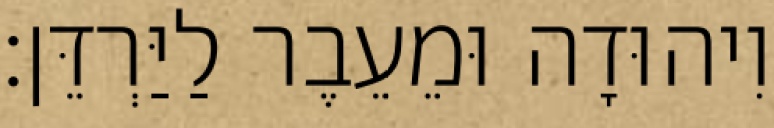
וִיהוּדָה וּמֵעֵבֶר לַיַּרְדֵּן׃